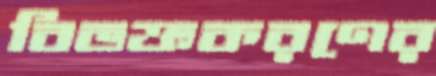
বিভক্তকরণের